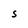
Character: S